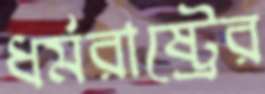
ধর্মরাষ্ট্রের